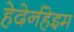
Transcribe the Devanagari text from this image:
हेदेर्नहेइम